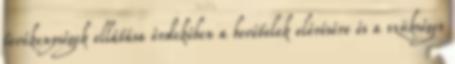
tevékenységek ellátása érdekében a bevételek elérésére és a szükséges